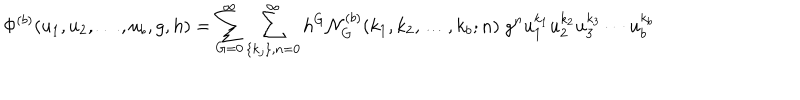
\Phi ^ { ( b ) } ( u _ { 1 } , u _ { 2 } , \ldots , u _ { b } , g , h ) = \sum _ { G = 0 } ^ { \infty } \sum _ { \{ k _ { j } \} , n = 0 } ^ { \infty } h ^ { G } { \cal N } _ { G } ^ { ( b ) } ( k _ { 1 } , k _ { 2 } , \ldots , k _ { b } ; n ) \; g ^ { n } u _ { 1 } ^ { k _ { 1 } } u _ { 2 } ^ { k _ { 2 } } u _ { 3 } ^ { k _ { 3 } } \cdots u _ { b } ^ { k _ { b } }